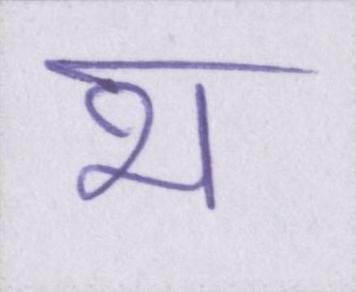
भ